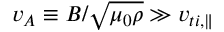
v _ { A } \equiv B / \sqrt { \mu _ { 0 } \rho } \gg v _ { t i , \| }